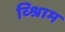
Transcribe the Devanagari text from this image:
व्श्रिाम